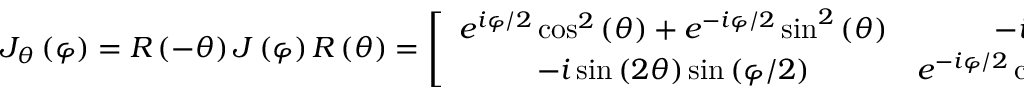
J _ { \theta } \left( \varphi \right) = R \left( - \theta \right) J \left( \varphi \right) R \left( \theta \right) = \left[ \begin{array} { c c } { e ^ { i \varphi / 2 } \cos ^ { 2 } \left( \theta \right) + e ^ { - i \varphi / 2 } \sin ^ { 2 } \left( \theta \right) } & { - i \sin \left( 2 \theta \right) \sin \left( \varphi / 2 \right) } \\ { - i \sin \left( 2 \theta \right) \sin \left( \varphi / 2 \right) } & { e ^ { - i \varphi / 2 } \cos ^ { 2 } \left( \theta \right) + e ^ { i \varphi / 2 } \sin ^ { 2 } \left( \theta \right) } \end{array} \right] ,